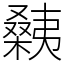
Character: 㯩